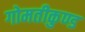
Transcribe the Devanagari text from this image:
गोमतीकुण्ड